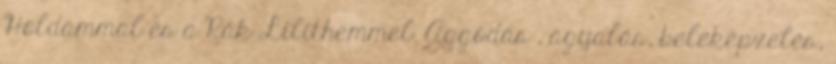
Holdammal és a Rák Lilithemmel. Aggódás , agyalás, beleképzelés,